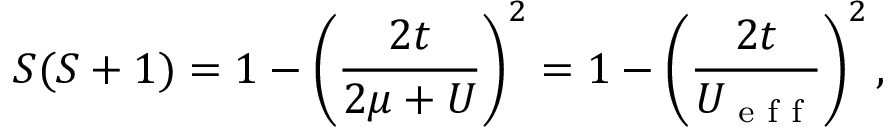
S ( S + 1 ) = 1 - \left( \frac { 2 t } { 2 \mu + U } \right) ^ { 2 } = 1 - \left( \frac { 2 t } { U _ { \textrm { e f f } } } \right) ^ { 2 } ,